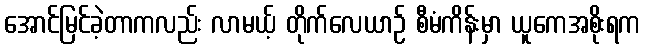
အောင်မြင်ခဲ့တာကလည်း လာမယ့် တိုက်လေယာဉ် စီမံကိန်းမှာ ယူကေအစိုးရက